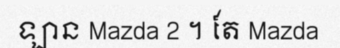
ឡាន Mazda 2 ។ តែ Mazda